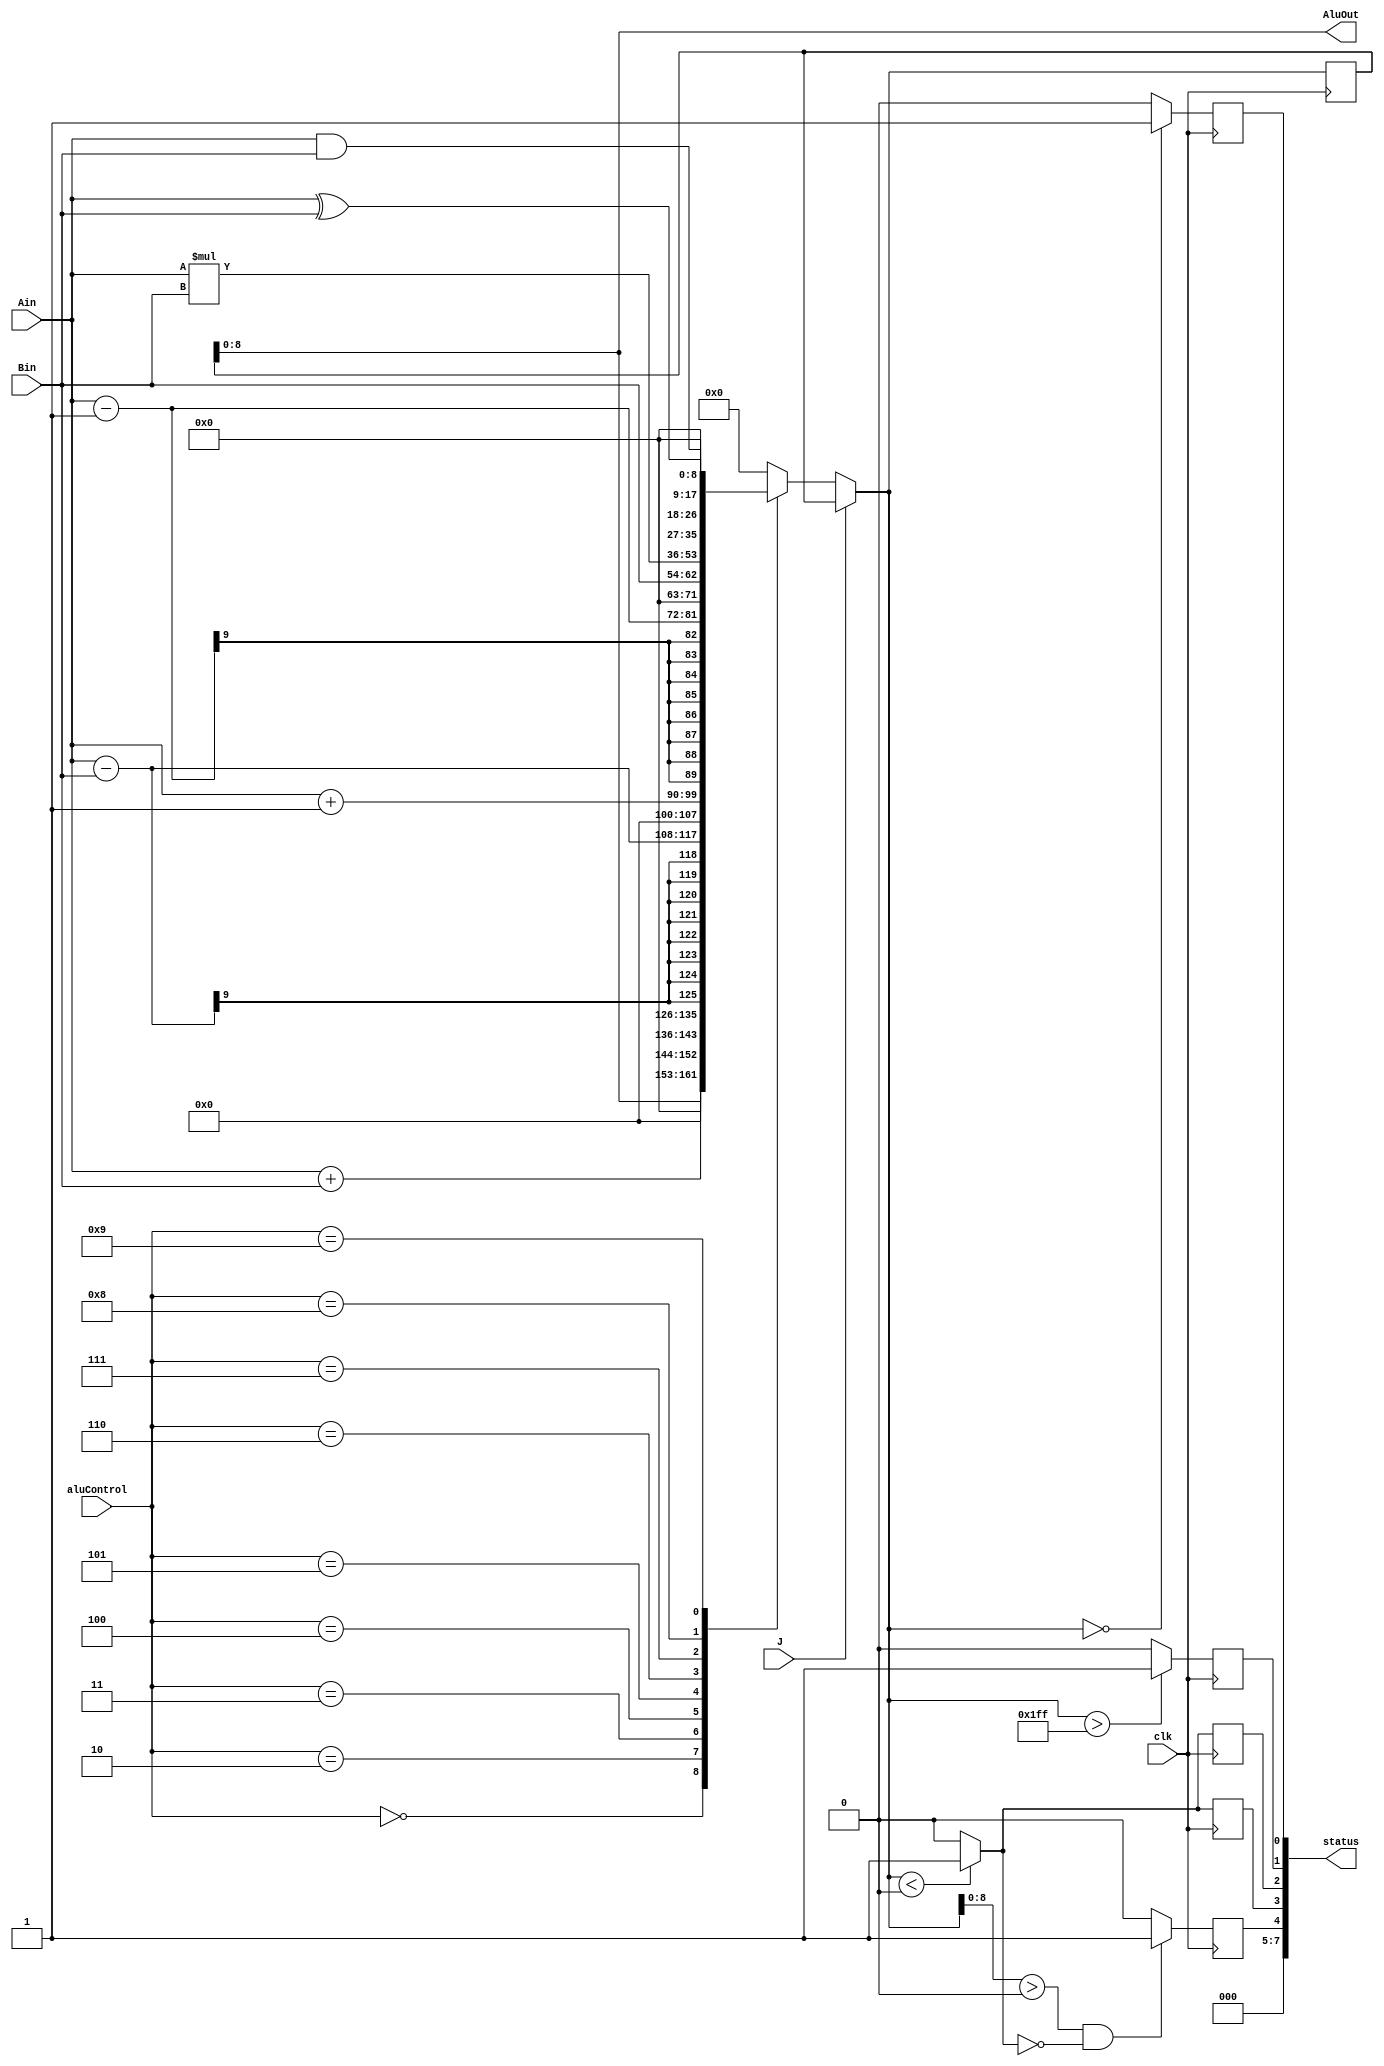
module ALU(clk, Ain, Bin, aluControl, AluOut,status,J);
input clk,J;
input [8:0] Ain, Bin;
input [3:0] aluControl;
output [8:0] AluOut;
output [7:0] status;
reg signed [17:0] AluOutI; // internal register to determine overflow
//reg [7:0] status;  // only bits 0 - 3 used
reg G,L,S,O,Z;
// wire[7:0] st;

assign status = {1'b0,1'b0,1'b0, G,L,S,O,Z};  

assign AluOut = AluOutI[8:0];  // only 9 bits connected outside

//   Blocking statements throughout to have immediate effect

always @(posedge clk)
  begin
   if (~J)
   begin
    case (aluControl)
       4'b 0000 : AluOutI = AluOut;  // NOP
       4'b 0010 :  // add
                  begin
                    AluOutI = Ain + Bin;
                  end
       4'b 0011 :  // subtract
                  begin
                     AluOutI = Ain - Bin;
                  end
        4'b0100 : // inc
                  begin
                     AluOutI = Ain + 1'b1;
                  end
         4'b0101 : //dec
                  begin
                     AluOutI = Ain - 1'b1;
                  end
         4'b0110  : // copy 
                    begin
                     AluOutI = Bin;
                    end
         4'b0111 : // multiply
                  begin
                     AluOutI =Ain * Bin;
                  end
         4'b1000 : // bit And
                   begin
                     AluOutI = Ain & Bin;
                   end 
          4'b1001 : // bit XOr
                   begin
                     AluOutI = Ain ^ Bin;
                   end 
          
         
       default   : AluOutI = 8'h000;
      endcase
    end 
 // 
 /*   infer status
 
 Status results
     if (AluOut==0) Z=1      Equal
     if (AluOut < 0) L = 1     less than
     if (AluOut >0)  G = 1     greater than
     if (AluOut > 511)  O = 1
     if (AluOut[8])  S=1   indicating result is negative or output > 1FF
 
*/
   if (AluOutI < 0)  // less than
      begin
       S = 1'b1;  L = 1'b1;
      end
       else begin
         S = 1'b0; L = 1'b0;
      end
   if ((AluOutI[8:0] > 9'h000)  && (S==0))  G= 1'b1;   // greater than 
           else G= 1'b0;
        
   if (AluOutI == 9'h000) Z = 1'b1;  // equal
          else Z = 1'b0;
       
   if (AluOutI > 9'h1FF)
       O = 1'b1;
       else O = 1'b0;
  end  
endmodule